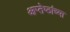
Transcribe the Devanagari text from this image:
आप्‍तेष्ठांच्या